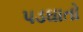
પડઘાતો